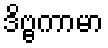
ဒိဗ္ဗကာမာ